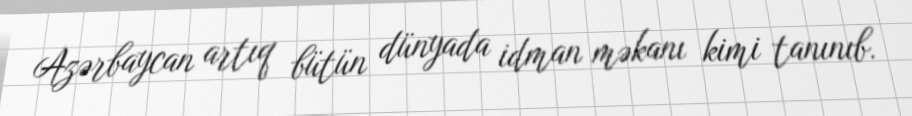
Azərbaycan artıq bütün dünyada idman məkanı kimi tanınıb.